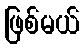
ဖြစ်မယ်